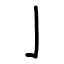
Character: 亅